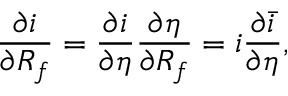
\frac { \partial i } { \partial R _ { f } } = \frac { \partial i } { \partial \eta } \frac { \partial \eta } { \partial R _ { f } } = i \frac { \partial \bar { i } } { \partial \eta } ,